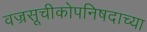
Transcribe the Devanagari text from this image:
वज्रसूचीकोपनिषदाच्या